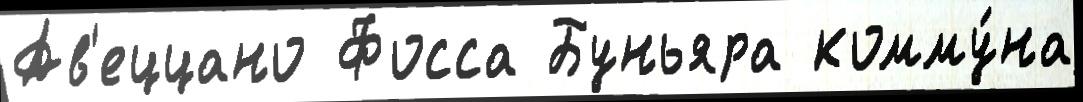
Ав'еццано Фосса Буньяра комму́на